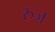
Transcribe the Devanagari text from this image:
रुज़